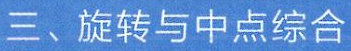
三、旋转与中点综合